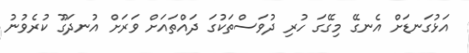
އަޅުގަނޑަށް އެނގޭ މިގޭގަ ހުރި ދުވަސްތަކުގަ ދައްތައަށް ވަރަށް އުނދަގޫ ކުރެވުނު